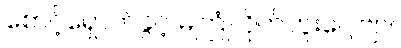
စောင့်ရှောက်ခွင့် မကြုံလိုက်ဘူးပေါ့ဗျာ။